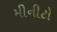
મીનીટો